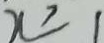
x \geq 1